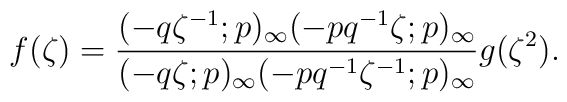
f(\zeta) =  \frac{(-q\zeta^{-1};p)_\infty(-pq^{-1}\zeta;p)_\infty}  {(-q\zeta;p)_\infty(-pq^{-1}\zeta^{-1};p)_\infty}g(\zeta^2).